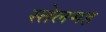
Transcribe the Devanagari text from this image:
स्तेलमह